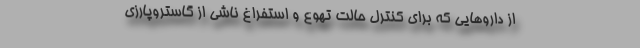
از داروهایی که برای کنترل حالت تهوع و استفراغ ناشی از گاستروپارزی